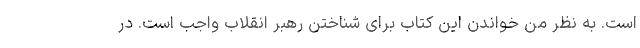
است. به نظر من خواندن این کتاب برای شناختن رهبر انقلاب واجب است. در